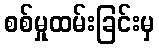
စစ်မှုထမ်းခြင်းမှ